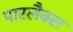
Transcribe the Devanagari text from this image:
पारलैक्स